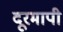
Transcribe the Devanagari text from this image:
दूरमापी